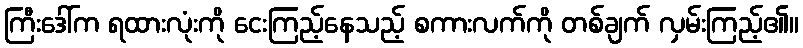
ကြီးဒေါ်က ရထားလုံးကို ငေးကြည့်နေသည့် စကားလက်ကို တစ်ချက် လှမ်းကြည့်၏။